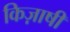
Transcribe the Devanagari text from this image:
किज़ाषी